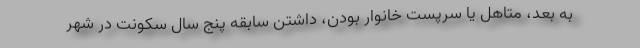
به بعد، متاهل یا سرپست خانوار بودن، داشتن سابقه پنج سال سکونت در شهر